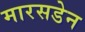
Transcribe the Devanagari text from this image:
मारसडेन